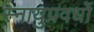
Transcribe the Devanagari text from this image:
स्नायुप्रवर्धों